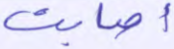
أصابت